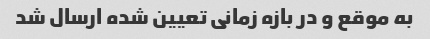
به موقع و در بازه زمانی تعیین شده ارسال شد